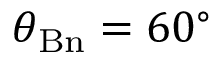
\theta _ { \mathrm { B n } } = 6 0 ^ { \circ }